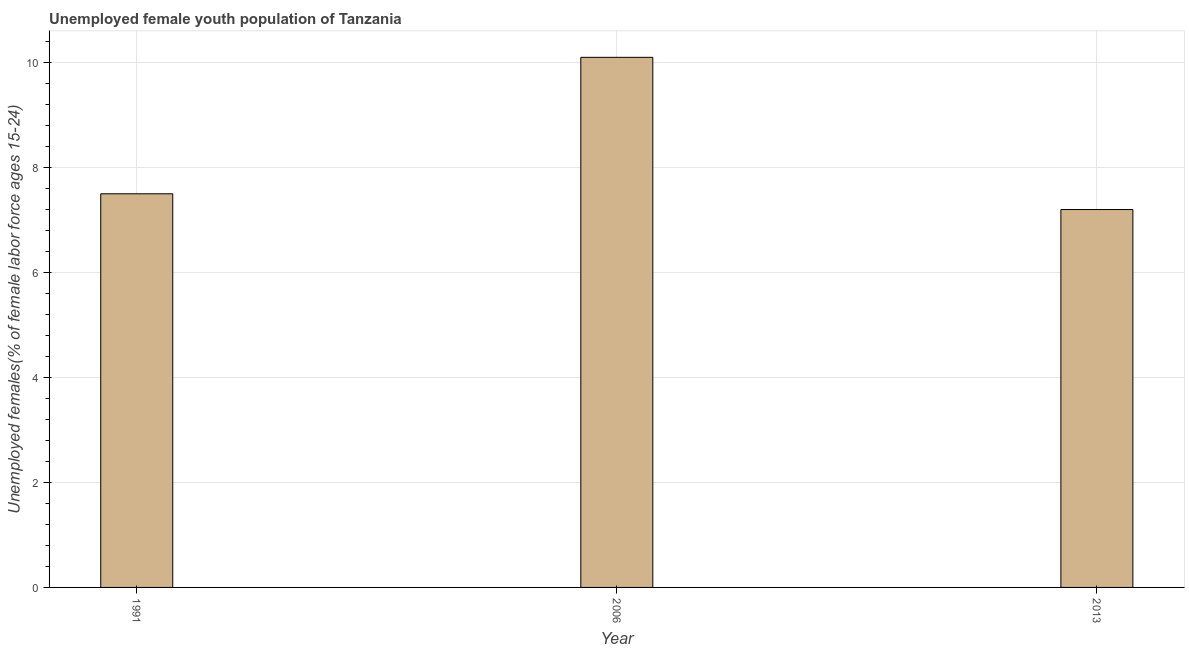
| Year | Unemployment youth female |
 | --- | --- |
 | 1991 | 7.5 |
 | 2006 | 10.1 |
 | 2013 | 7.2 |